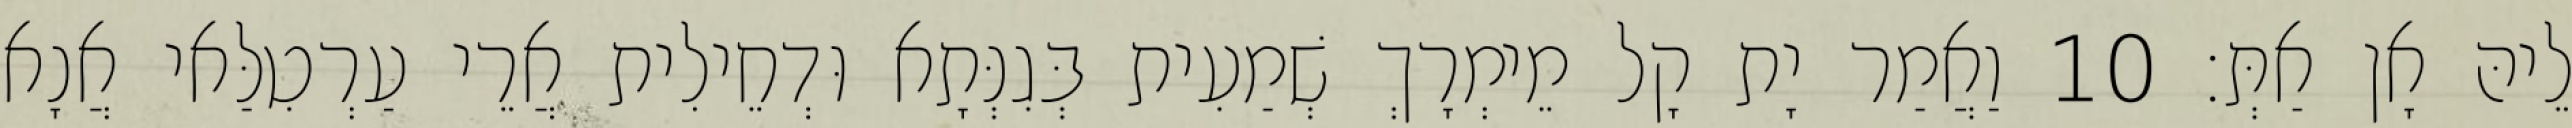
לֵיהּ אָן אַתְּ׃ 10 וַאֲמַר יָת קָל מֵימְרָךְ שְׁמַעִית בְּגִנְּתָא וּדְחֵילִית אֲרֵי עַרְטִלַּאי אֲנָא